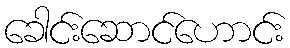
ခေါင်းဆောင်ဟောင်း